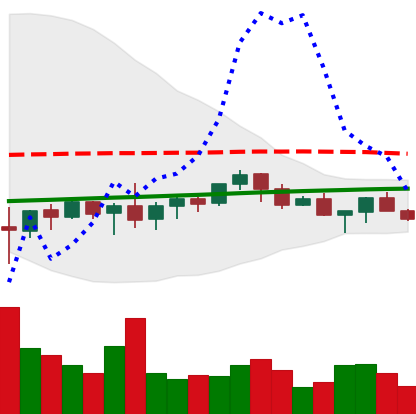
Ticker: XMR-USD
Chart end date: 2021-06-11
Forward return: 7.917%
Label: up_7plus